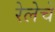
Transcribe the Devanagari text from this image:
रेलेचे